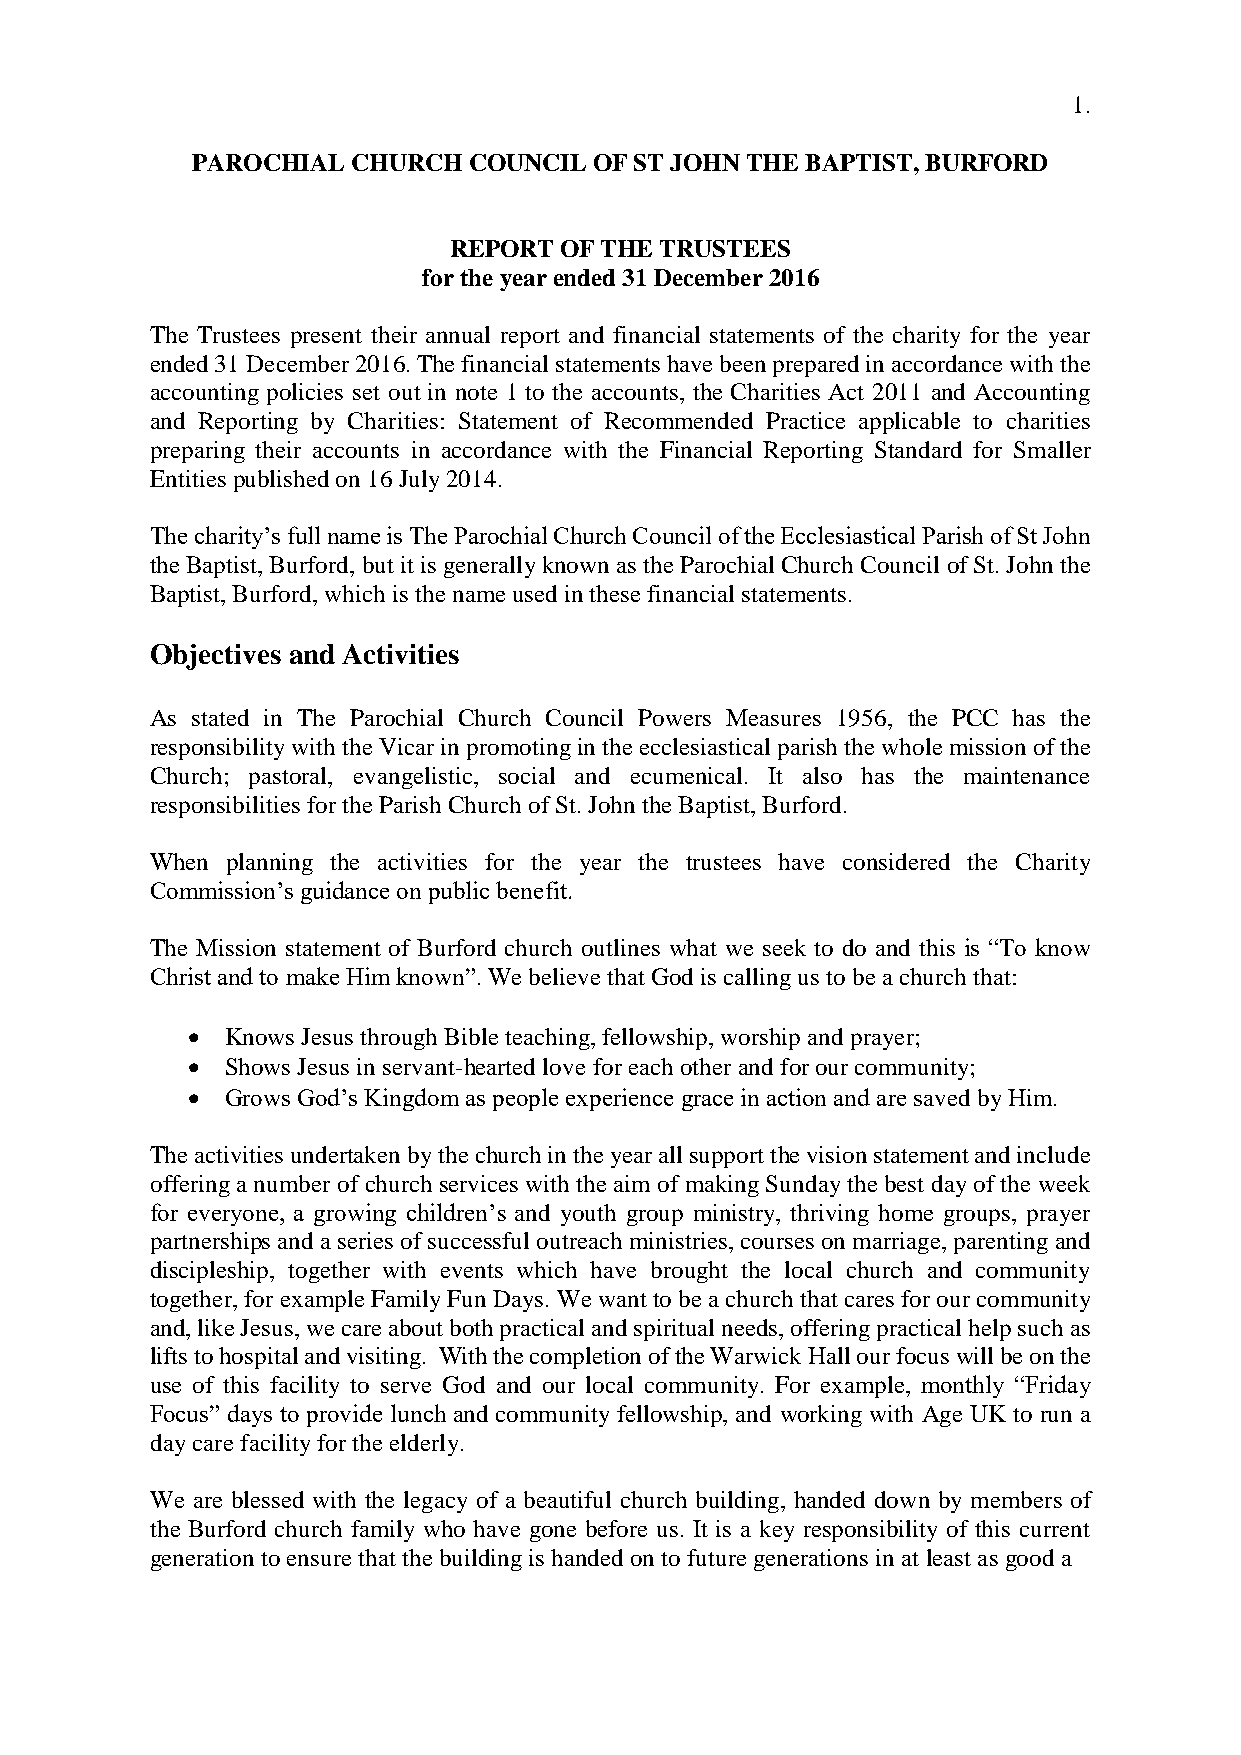
1.
 PAROCHIAL CHURCH  COUNCIL OF ST JOHN THE BAPTIST, BURFORD
 REPORT OF THE TRUSTEES
 for the year ended 31 December 2016
 The Trustees present their annual report and financial statements of the charity for the year
 ended 31 December 2016. The financial statements have been prepared in accordance with the
 accounting policies set out in note 1 to the accounts, the Charities Act 2011 and Accounting
 and Reporting by Charities: Statement of Recommended Practice applicable to charities
 preparing their accounts in accordance with the Financial Reporting Standard for Smaller
 Entities published on 16 July 2014.
 The charity’s full name is The Parochial Church Council of the Ecclesiastical Parish of St John
 the Baptist, Burford, but it is generally known as the Parochial Church Council of St. John the
 Baptist, Burford, which is the name used in these financial statements.
 Objectives and Activities
 As stated in The Parochial Church Council Powers Measures 1956, the PCC has the
 responsibility with the Vicar in promoting in the ecclesiastical parish the whole mission of the
 Church; pastoral, evangelistic, social and ecumenical. It also has the maintenance
 responsibilities for the Parish Church of St. John the Baptist, Burford.
 When planning the activities for the year the trustees have considered the Charity
 Commission’s guidance on public benefit.
 The Mission statement of Burford church outlines what we seek to do and this is “To know
 Christ and to make Him known”. We believe that God is calling us to be a church that:
   Knows Jesus through Bible teaching, fellowship, worship and prayer;
   Shows Jesus in servant-hearted love for each other and for our community;
   Grows God’s Kingdom as people experience grace in action and are saved by Him.
 The activities undertaken by the church in the year all support the vision statement and include
 offering a number of church services with the aim of making Sunday the best day of the week
 for everyone, a growing children’s and youth group ministry, thriving home groups, prayer
 partnerships and a series of successful outreach ministries, courses on marriage, parenting and
 discipleship, together with events which have brought the local church and community
 together, for example Family Fun Days. We want to be a church that cares for our community
 and, like Jesus, we care about both practical and spiritual needs, offering practical help such as
 lifts to hospital and visiting. With the completion of the Warwick Hall our focus will be on the
 use of this facility to serve God and our local community. For example, monthly “Friday
 Focus” days to provide lunch and community fellowship, and working with Age UK to run a
 day care facility for the elderly.
 We are blessed with the legacy of a beautiful church building, handed down by members of
 the Burford church family who have gone before us. It is a key responsibility of this current
 generation to ensure that the building is handed on to future generations in at least as good a